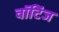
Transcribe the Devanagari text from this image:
वॉटिंज